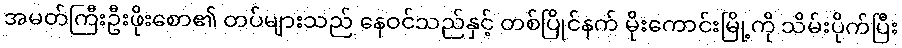
အမတ်ကြီးဦးဖိုးစော၏ တပ်များသည် နေဝင်သည်နှင့် တစ်ပြိုင်နက် မိုးကောင်းမြို့ကို သိမ်းပိုက်ပြီး